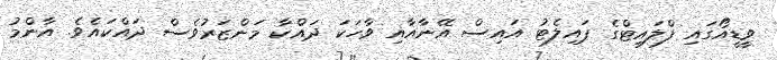
ވީޑީއޯގައި ފްލައިޓްގެ ޕައިލެޓު އައިސް އޭނާއާއި ވާހަކަ ދައްކާ މަންޒަރުވެސް ދައްކައެވެ. އާންމު